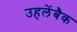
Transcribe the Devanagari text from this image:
उहलेंबैक